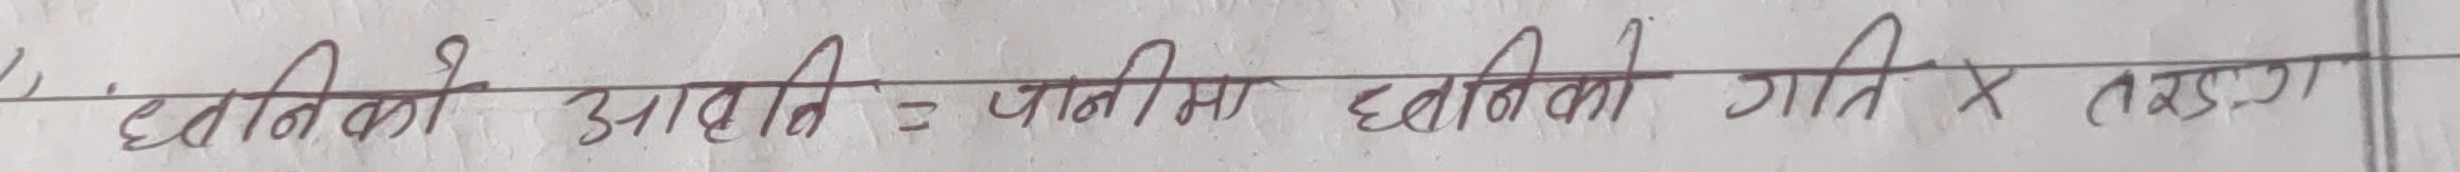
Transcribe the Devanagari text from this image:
ध्वनिको आवृति = पानीमा ध्वनिको गति × तराई